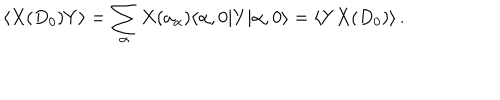
\langle X ( D _ { 0 } ) Y \rangle = \sum _ { \alpha } X ( a _ { \alpha } ) \langle \alpha , 0 | Y | \alpha , 0 \rangle = \langle Y X ( D _ { 0 } ) \rangle \, .